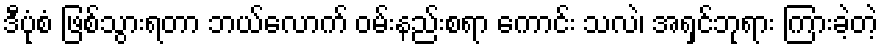
ဒီပုံစံ ဖြစ်သွားရတာ ဘယ်လောက် ဝမ်းနည်းစရာ ကောင်း သလဲ၊ အရှင်ဘုရား ကြားခဲ့တဲ့